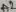
Text: A2